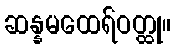
ဆန္နမထေရ်ဝတ္ထု။